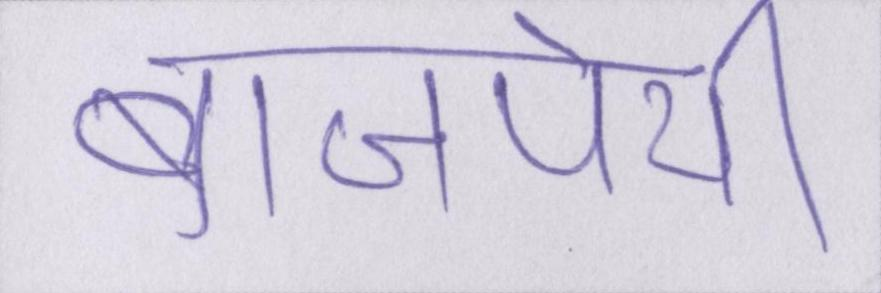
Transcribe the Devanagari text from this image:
बाजपेयी